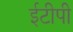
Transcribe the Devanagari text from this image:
ईटीपी